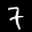
Label: 7